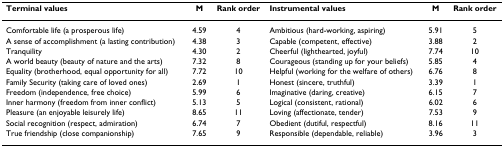
<table><thead><tr><td><b>Terminal values</b></td><td><b>M</b></td><td><b>Rank order</b></td><td><b>Instrumental values</b></td><td><b>M</b></td><td><b>Rank order</b></td></tr></thead><tbody><tr><td>Comfortable life (a prosperous life)</td><td>4.59</td><td>4</td><td>Ambitious (hard-working, aspiring)</td><td>5.91</td><td>5</td></tr><tr><td>A sense of accomplishment (a lasting contribution)</td><td>4.38</td><td>3</td><td>Capable (competent, effective)</td><td>3.88</td><td>2</td></tr><tr><td>Tranquility</td><td>4.30</td><td>2</td><td>Cheerful (lighthearted, joyful)</td><td>7.74</td><td>10</td></tr><tr><td>A world beauty (beauty of nature and the arts)</td><td>7.32</td><td>8</td><td>Courageous (standing up for your beliefs)</td><td>5.85</td><td>4</td></tr><tr><td>Equality (brotherhood, equal opportunity for all)</td><td>7.72</td><td>10</td><td>Helpful (working for the welfare of others)</td><td>6.76</td><td>8</td></tr><tr><td>Family Security (taking care of loved ones)</td><td>2.69</td><td>1</td><td>Honest (sincere, truthful)</td><td>3.39</td><td>1</td></tr><tr><td>Freedom (independence, free choice)</td><td>5.99</td><td>6</td><td>Imaginative (daring, creative)</td><td>6.15</td><td>7</td></tr><tr><td>Inner harmony (freedom from inner conflict)</td><td>5.13</td><td>5</td><td>Logical (consistent, rational)</td><td>6.02</td><td>6</td></tr><tr><td>Pleasure (an enjoyable leisurely life)</td><td>8.65</td><td>11</td><td>Loving (affectionate, tender)</td><td>7.53</td><td>9</td></tr><tr><td>Social recognition (respect, admiration)</td><td>6.74</td><td>7</td><td>Obedient (dutiful, respectful)</td><td>8.16</td><td>11</td></tr><tr><td>True friendship (close companionship)</td><td>7.65</td><td>9</td><td>Responsible (dependable, reliable)</td><td>3.96</td><td>3</td></tr></tbody></table>